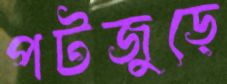
পটজুড়ে